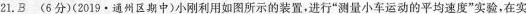
21.B (6分)(2019 \cdot 通州区期中)小刚利用如图所示的装置，进行“测量小车运动的平均速度”实验，在实